65_HS1-834228961_62-HQ-83894_Section_4
Agency: FBI
Page 147
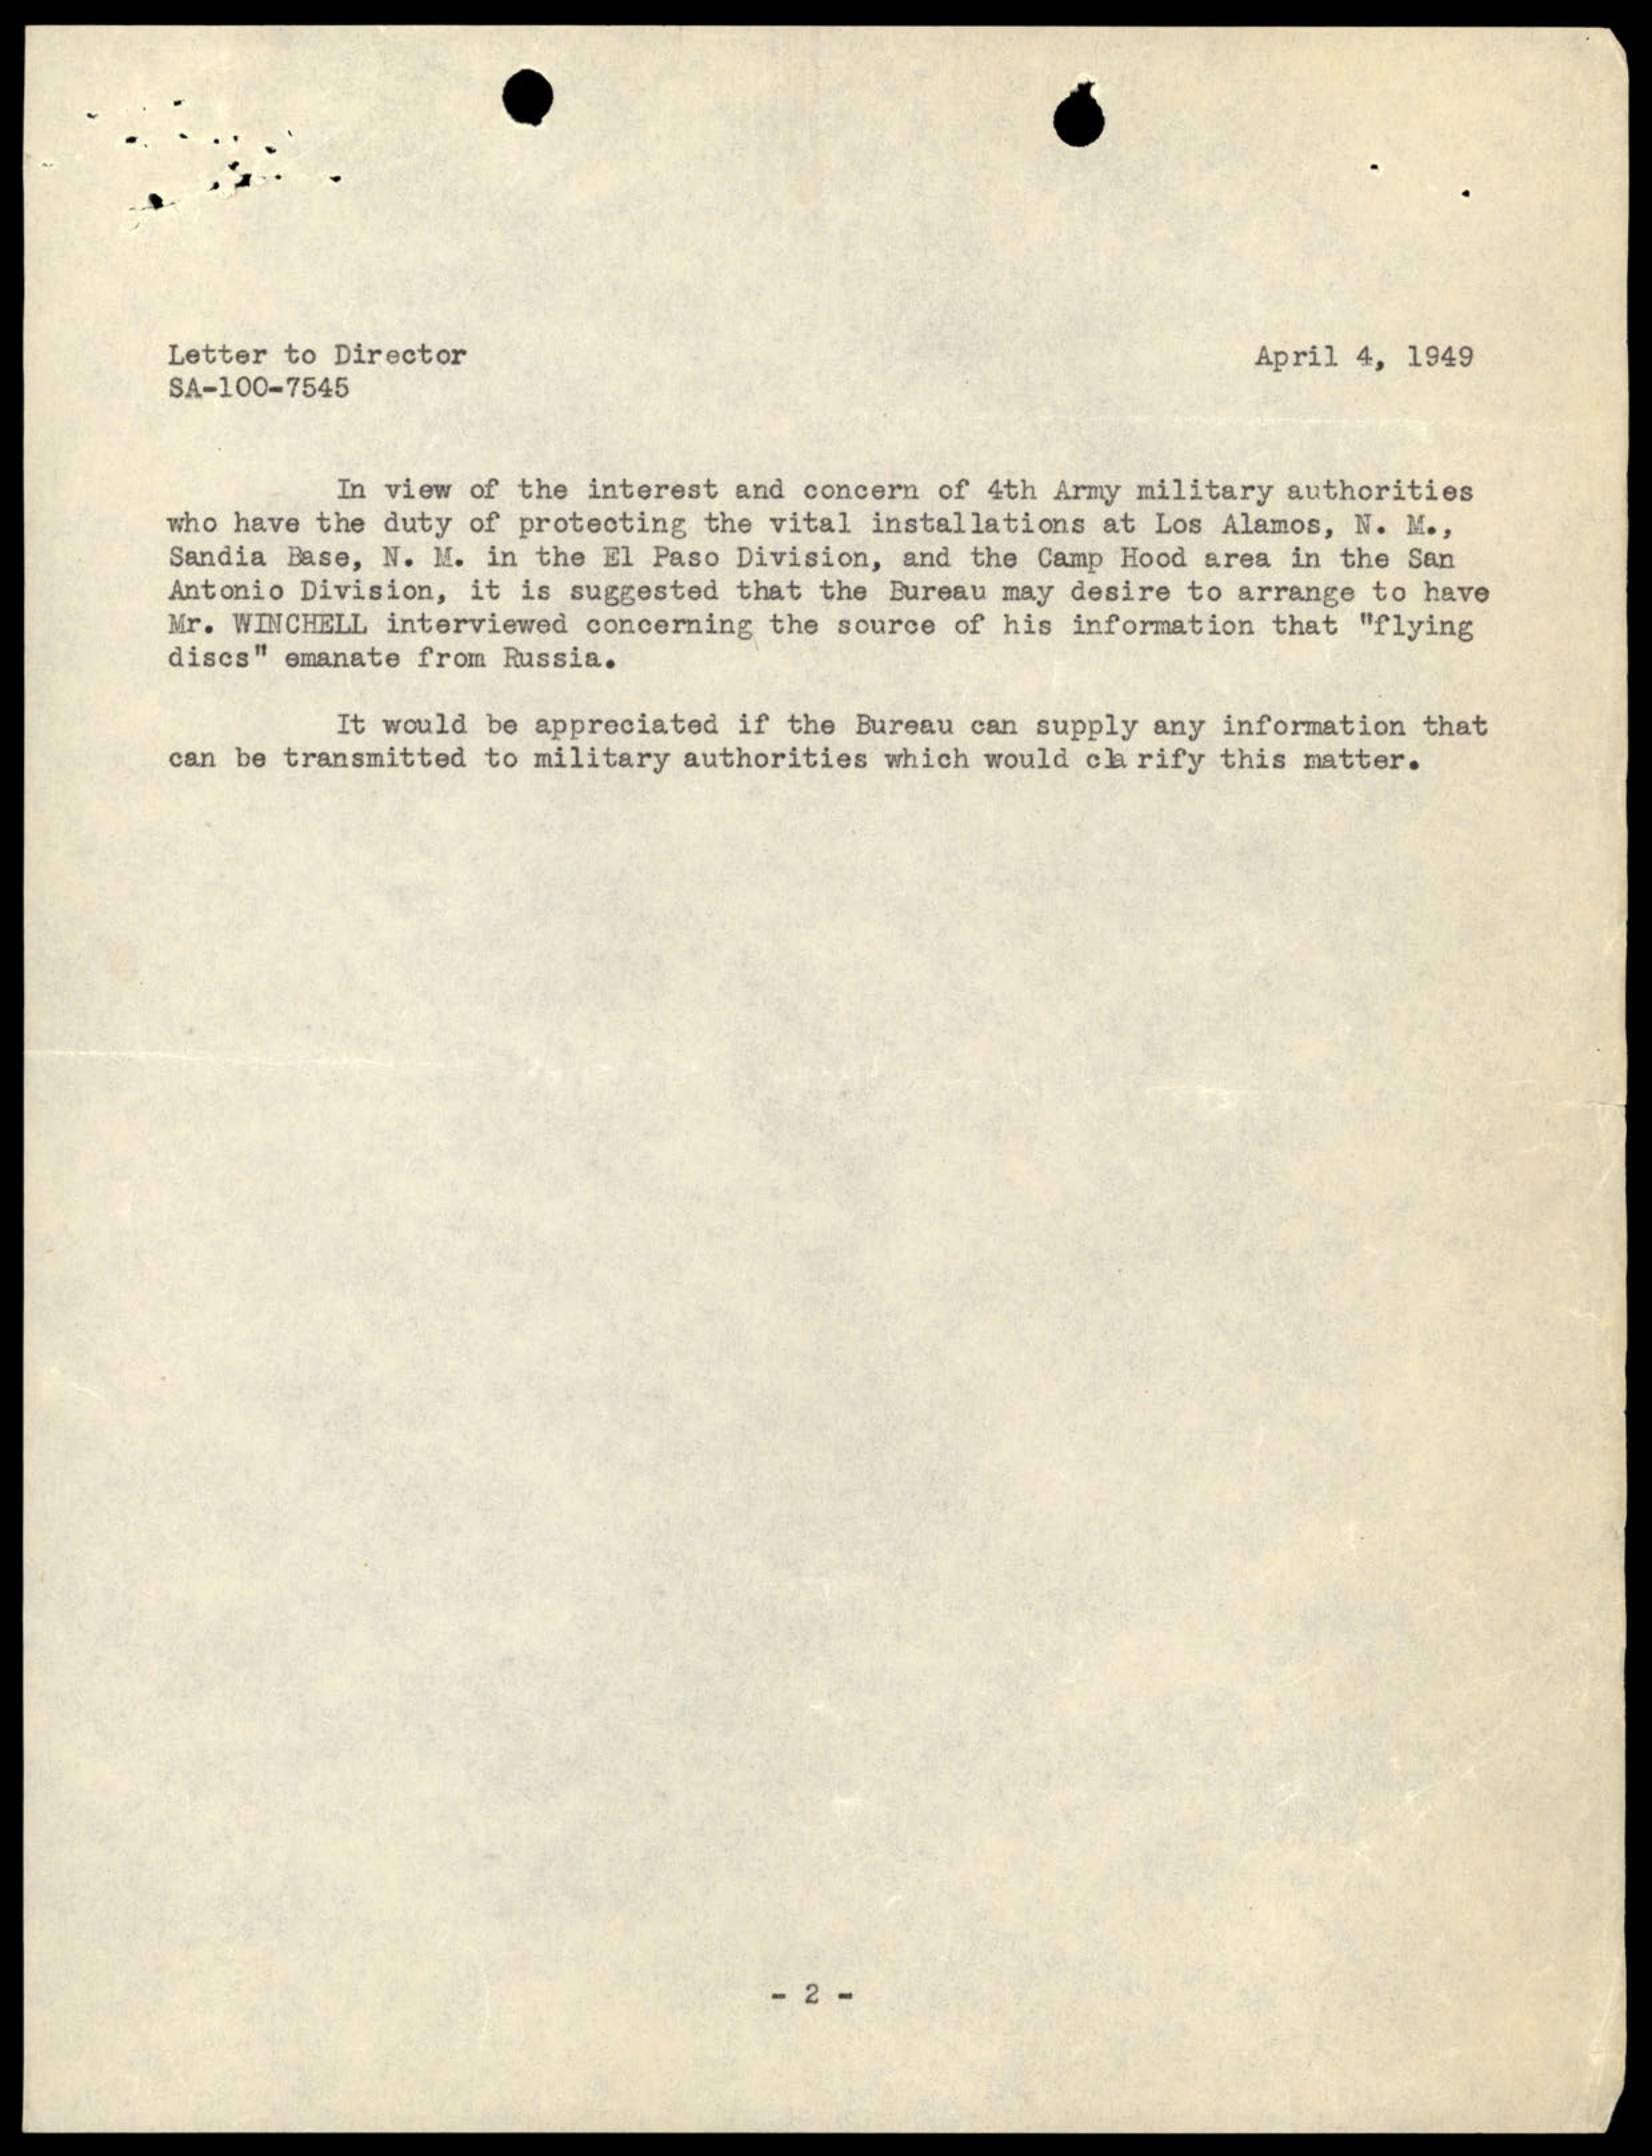